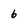
Character: 6